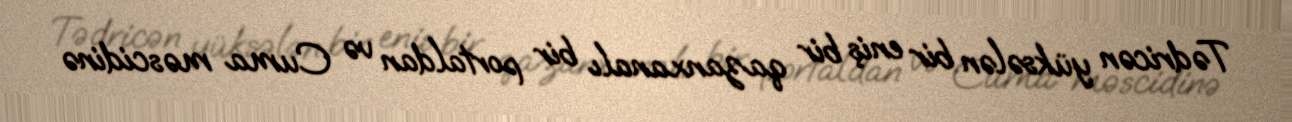
Tədricən yüksələn bir eniş bir qazanxanalı bir portaldan və Cuma məscidinə